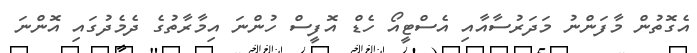
އެގޮތުން މާފަންނު މަދަރުސާއާއި އެސްޓީއޯ ހެޑް އޮފީސް ހުންނަ އިމާރާތުގެ ދެމެދުގައި އޮންނަ